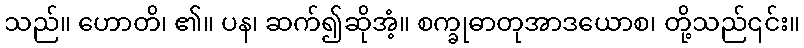
သည်။ ဟောတိ၊ ၏။ ပန၊ ဆက်၍ဆိုအံ့။ စက္ခုဓာတုအာဒယောစ၊ တို့သည်၎င်း။